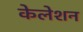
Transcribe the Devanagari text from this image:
केलेशन